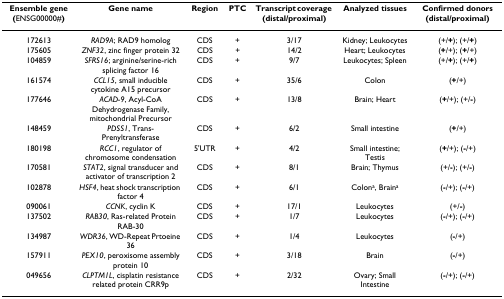
| Ensemble gene (ENSG00000#) | Gene name | Region | PTC | Transcript coverage (distal/proximal) | Analyzed tissues | Confirmed donors (distal/proximal) |
 | --- | --- | --- | --- | --- | --- | --- |
 | 172613 | RAD9A; RAD9 homolog | CDS | + | 3/17 | Kidney; Leukocytes | (+/+); (+/+) |
 | 175605 | ZNF32, zinc finger protein 32 | CDS | + | 14/2 | Heart; Leukocytes | (+/+); (+/+) |
 | 104859 | SFRS16; arginine/serine-rich splicing factor 16 | CDS | + | 9/7 | Leukocytes; Spleen | (+/+); (+/+) |
 | 161574 | CCL15, small inducible cytokine A15 precursor | CDS | + | 35/6 | Colon | (+/+) |
 | 177646 | ACAD-9, Acyl-CoA Dehydrogenase Family, mitochondrial Precursor | CDS | + | 13/8 | Brain; Heart | (+/+); (+/-) |
 | 148459 | PDSS1, Trans-Prenyltransferase | CDS | + | 6/2 | Small intestine | (+/+) |
 | 180198 | RCC1, regulator of chromosome condensation | 5'UTR | + | 4/2 | Small intestine; Testis | (+/+); (-/+) |
 | 170581 | STAT2, signal transducer and activator of transcription 2 | CDS | + | 8/1 | Brain; Thymus | (+/-); (+/-) |
 | 102878 | HSF4, heat shock transcription factor 4 | CDS | + | 6/1 | Colona, Braina | (-/+); (-/+) |
 | 090061 | CCNK, cyclin K | CDS | + | 17/1 | Leukocytes | (+/-) |
 | 137502 | RAB30, Ras-related Protein RAB-30 | CDS | + | 1/7 | Leukocytes | (-/+); (-/+) |
 | 134987 | WDR36, WD-Repeat Prtoeine 36 | CDS | + | 1/4 | Leukocytes | (-/+) |
 | 157911 | PEX10, peroxisome assembly protein 10 | CDS | + | 3/18 | Brain | (-/+) |
 | 049656 | CLPTM1L, cisplatin resistance related protein CRR9p | CDS | + | 2/32 | Ovary; Small Intestine | (-/+); (-/+) |